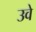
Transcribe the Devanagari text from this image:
उवे